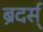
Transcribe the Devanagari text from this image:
ब्रदर्स्